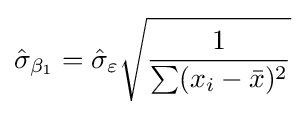
{\hat {\sigma }}_{\beta _{1}}={\hat {\sigma }}_{\varepsilon }{\sqrt {\frac {1}{\sum (x_{i}-{\bar {x}})^{2}}}}